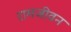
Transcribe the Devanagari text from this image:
रामजीवन